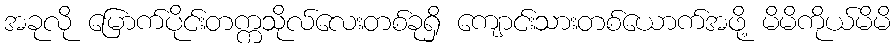
အခုလို မြောက်ပိုင်းတက္ကသိုလ်လေးတစ်ခုရှိ ကျောင်းသားတစ်ယောက်အဖို့ မိမိကိုယ်မိမိ